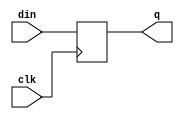
module dff_ns (din, clk, q);
parameter SIZE = 1;
input	[SIZE-1:0]	din ;	
input			clk ;	
output	[SIZE-1:0]	q ;	
reg 	[SIZE-1:0]	q ;
always @ (posedge clk)
	q[SIZE-1:0]  <= din[SIZE-1:0] ;
endmodule